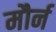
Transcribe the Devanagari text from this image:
मौर्न